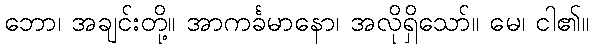
ဘော၊ အချင်းတို့။ အာကင်္ခမာနော၊ အလိုရှိသော်။ မေ၊ ငါ၏။